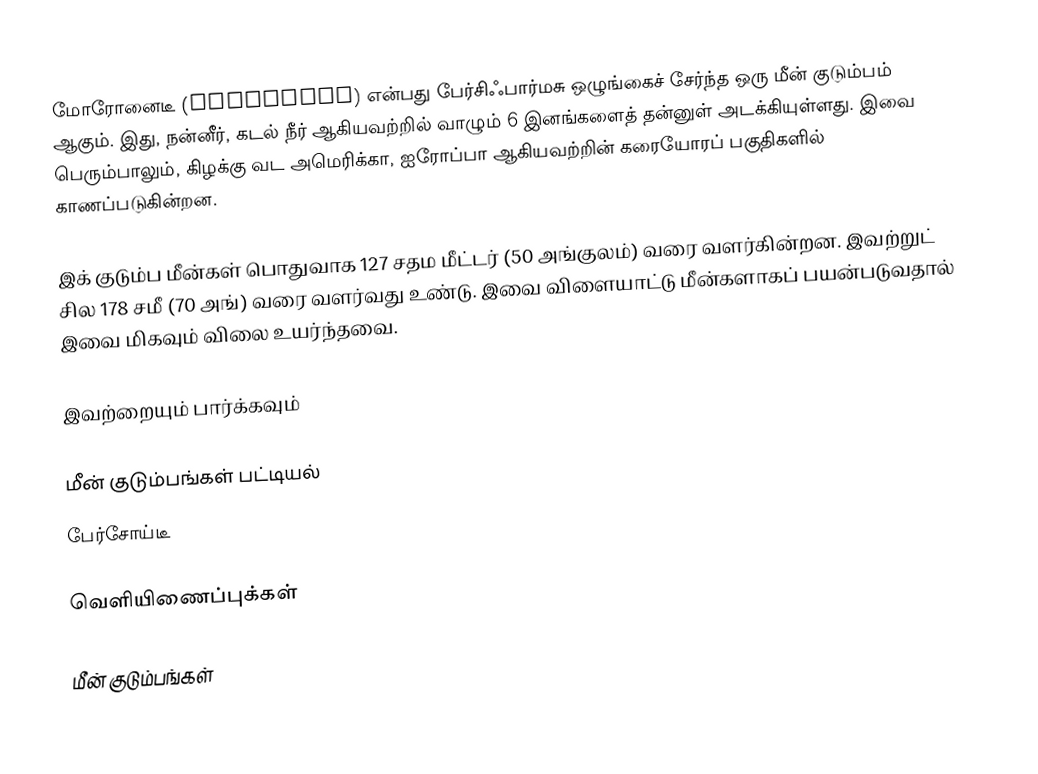
மோரோனைடீ (Moronidae) என்பது பேர்சிஃபார்மசு ஒழுங்கைச் சேர்ந்த ஒரு மீன் குடும்பம் ஆகும். இது, நன்னீர், கடல் நீர் ஆகியவற்றில் வாழும் 6 இனங்களைத் தன்னுள் அடக்கியுள்ளது. இவை பெரும்பாலும், கிழக்கு வட அமெரிக்கா, ஐரோப்பா ஆகியவற்றின் கரையோரப் பகுதிகளில் காணப்படுகின்றன.

இக் குடும்ப மீன்கள் பொதுவாக 127 சதம மீட்டர் (50 அங்குலம்) வரை வளர்கின்றன. இவற்றுட் சில 178 சமீ (70 அங்) வரை வளர்வது உண்டு. இவை விளையாட்டு மீன்களாகப் பயன்படுவதால் இவை மிகவும் விலை உயர்ந்தவை.

இவற்றையும் பார்க்கவும்

 மீன் குடும்பங்கள் பட்டியல்
 பேர்சோய்டீ

வெளியிணைப்புக்கள்

மீன் குடும்பங்கள்